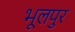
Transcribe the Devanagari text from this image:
भूलपुर